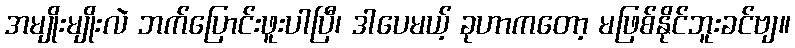
အမျိုးမျိုးလဲ ဘက်ပြောင်းဖူးပါပြီ၊ ဒါပေမယ့် ခုဟာကတော့ မဖြစ်နိုင်ဘူးခင်ဗျ။